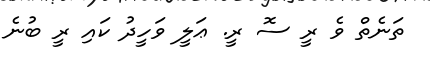
ތަނެތް ވެ ރީ ސޮ ރީ. ޢަލީ ވަހީދު ކައި ރީ ބުނެ